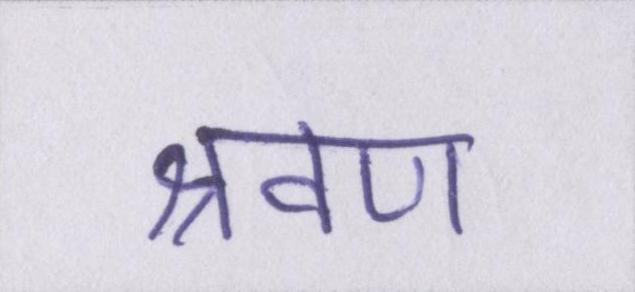
श्रवण